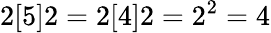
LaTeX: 2[5]2=2[4]2=2^{2}=4